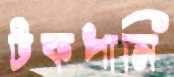
টকপানি